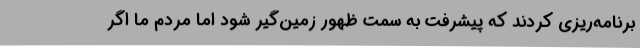
برنامه‌ریزی کردند که پیشرفت به سمت ظهور زمین‌گیر شود اما مردم ما اگر